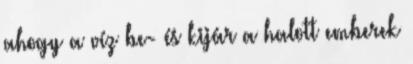
ahogy a víz be- és kijár a halott emberek